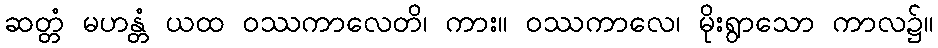
ဆတ္တံ မဟန္တံ ယထ ဝဿကာလေတိ၊ ကား။ ဝဿကာလေ၊ မိုးရွာသော ကာလ၌။